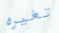
تغيره